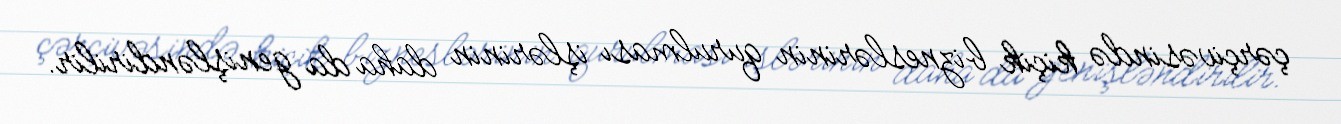
çərçivəsində kiçik bizneslərinin qurulması işlərinin daha da genişləndirilir.